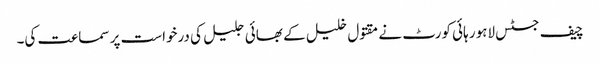
چیف جسٹس لاہور ہائی کورٹ نے مقتول خلیل کے بھائی جلیل کی درخواست پر سماعت کی۔